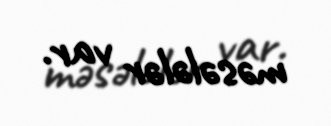
məsələlər var.